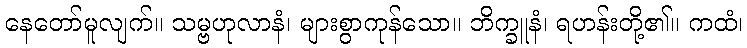
နေတော်မူလျက်။ သမ္ဗဟုလာနံ၊ များစွာကုန်သော။ ဘိက္ခူနံ၊ ရဟန်းတို့၏။ ကထံ၊